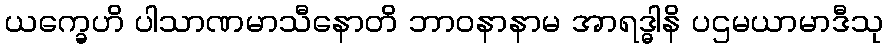
ယက္ခေဟိ ပါသာဏမာသီနောတိ ဘာဝနာနာမ အာရဒ္ဓါနိ ပဌမယာမာဒီသု